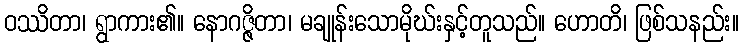
ဝဿိတာ၊ ရွာကား၏။ နောဂဇ္ဇိတာ၊ မချုန်းသောမိုဃ်းနှင့်တူသည်။ ဟောတိ၊ ဖြစ်သနည်း။